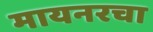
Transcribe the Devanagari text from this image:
मायनरचा